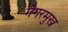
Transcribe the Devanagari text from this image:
मगरमुख